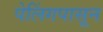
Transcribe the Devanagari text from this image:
पेलिंगपासून